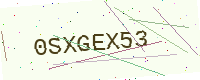
Text: 0SXGEX53